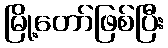
မြို့တော်ဖြစ်ပြီး